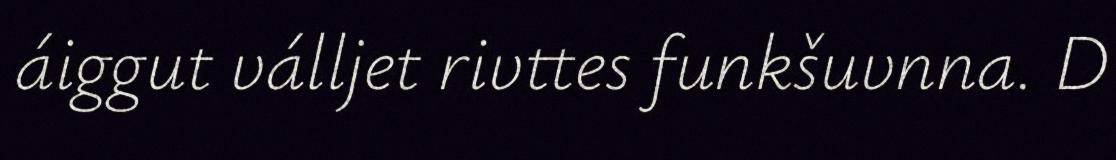
áiggut válljet rivttes funkšuvnna. D